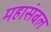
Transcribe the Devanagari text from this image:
महासंबल